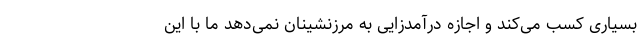
بسیاری کسب می‌کند و اجازه درآمدزایی به مرزنشینان نمی‌دهد ما با این